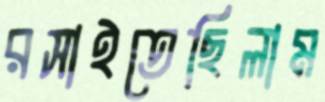
রসাইতেছিলাম